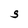
Character: S